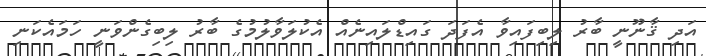
އަދި ޤާނޫނީ ބާރު ލިބިފައިވާ އެފަދަ ގައިޑްލައިނެއް އެކުލަވާލުމުގެ ބާރު ލިބިގެންވަނީ ހަމައެކަނި